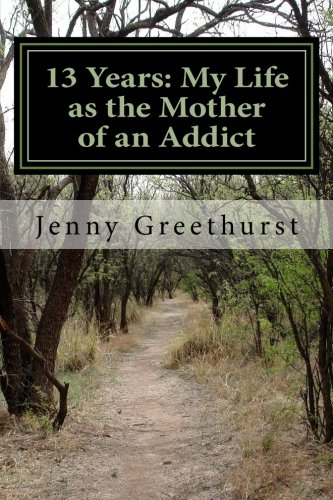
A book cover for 13 Years: My Life as the Mother of an Addict; Jenny Greethurst; Parenting & Relationships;